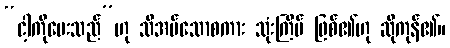
“ငါ့ကိုမေးသည်”ဟု သိအပ်သောစကား သုံးကြိမ် ဖြစ်၏ဟု ဆိုကုန်၏။